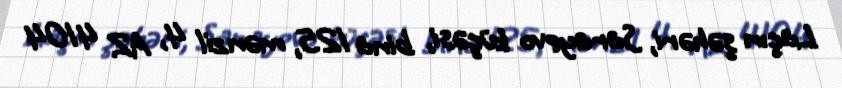
Laçın şəhəri, Sarayevo küçəsi, bina 125, mənzil 4, AZ 4104